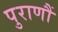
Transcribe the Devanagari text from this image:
पुराणौं